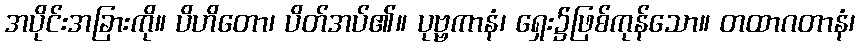
အပိုင်းအခြားကို။ ပိဟိတော၊ ပိတ်အပ်၏။ ပုဗ္ဗကာနံ၊ ရှေး၌ဖြစ်ကုန်သော။ တထာဂတာနံ၊